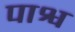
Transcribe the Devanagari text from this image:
पाश्व